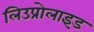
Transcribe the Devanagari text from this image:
लिउप्रोलाइड